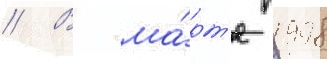
// В ма́рт'е 1998